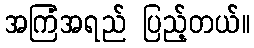
အကြံအရည် ပြည့်တယ်။